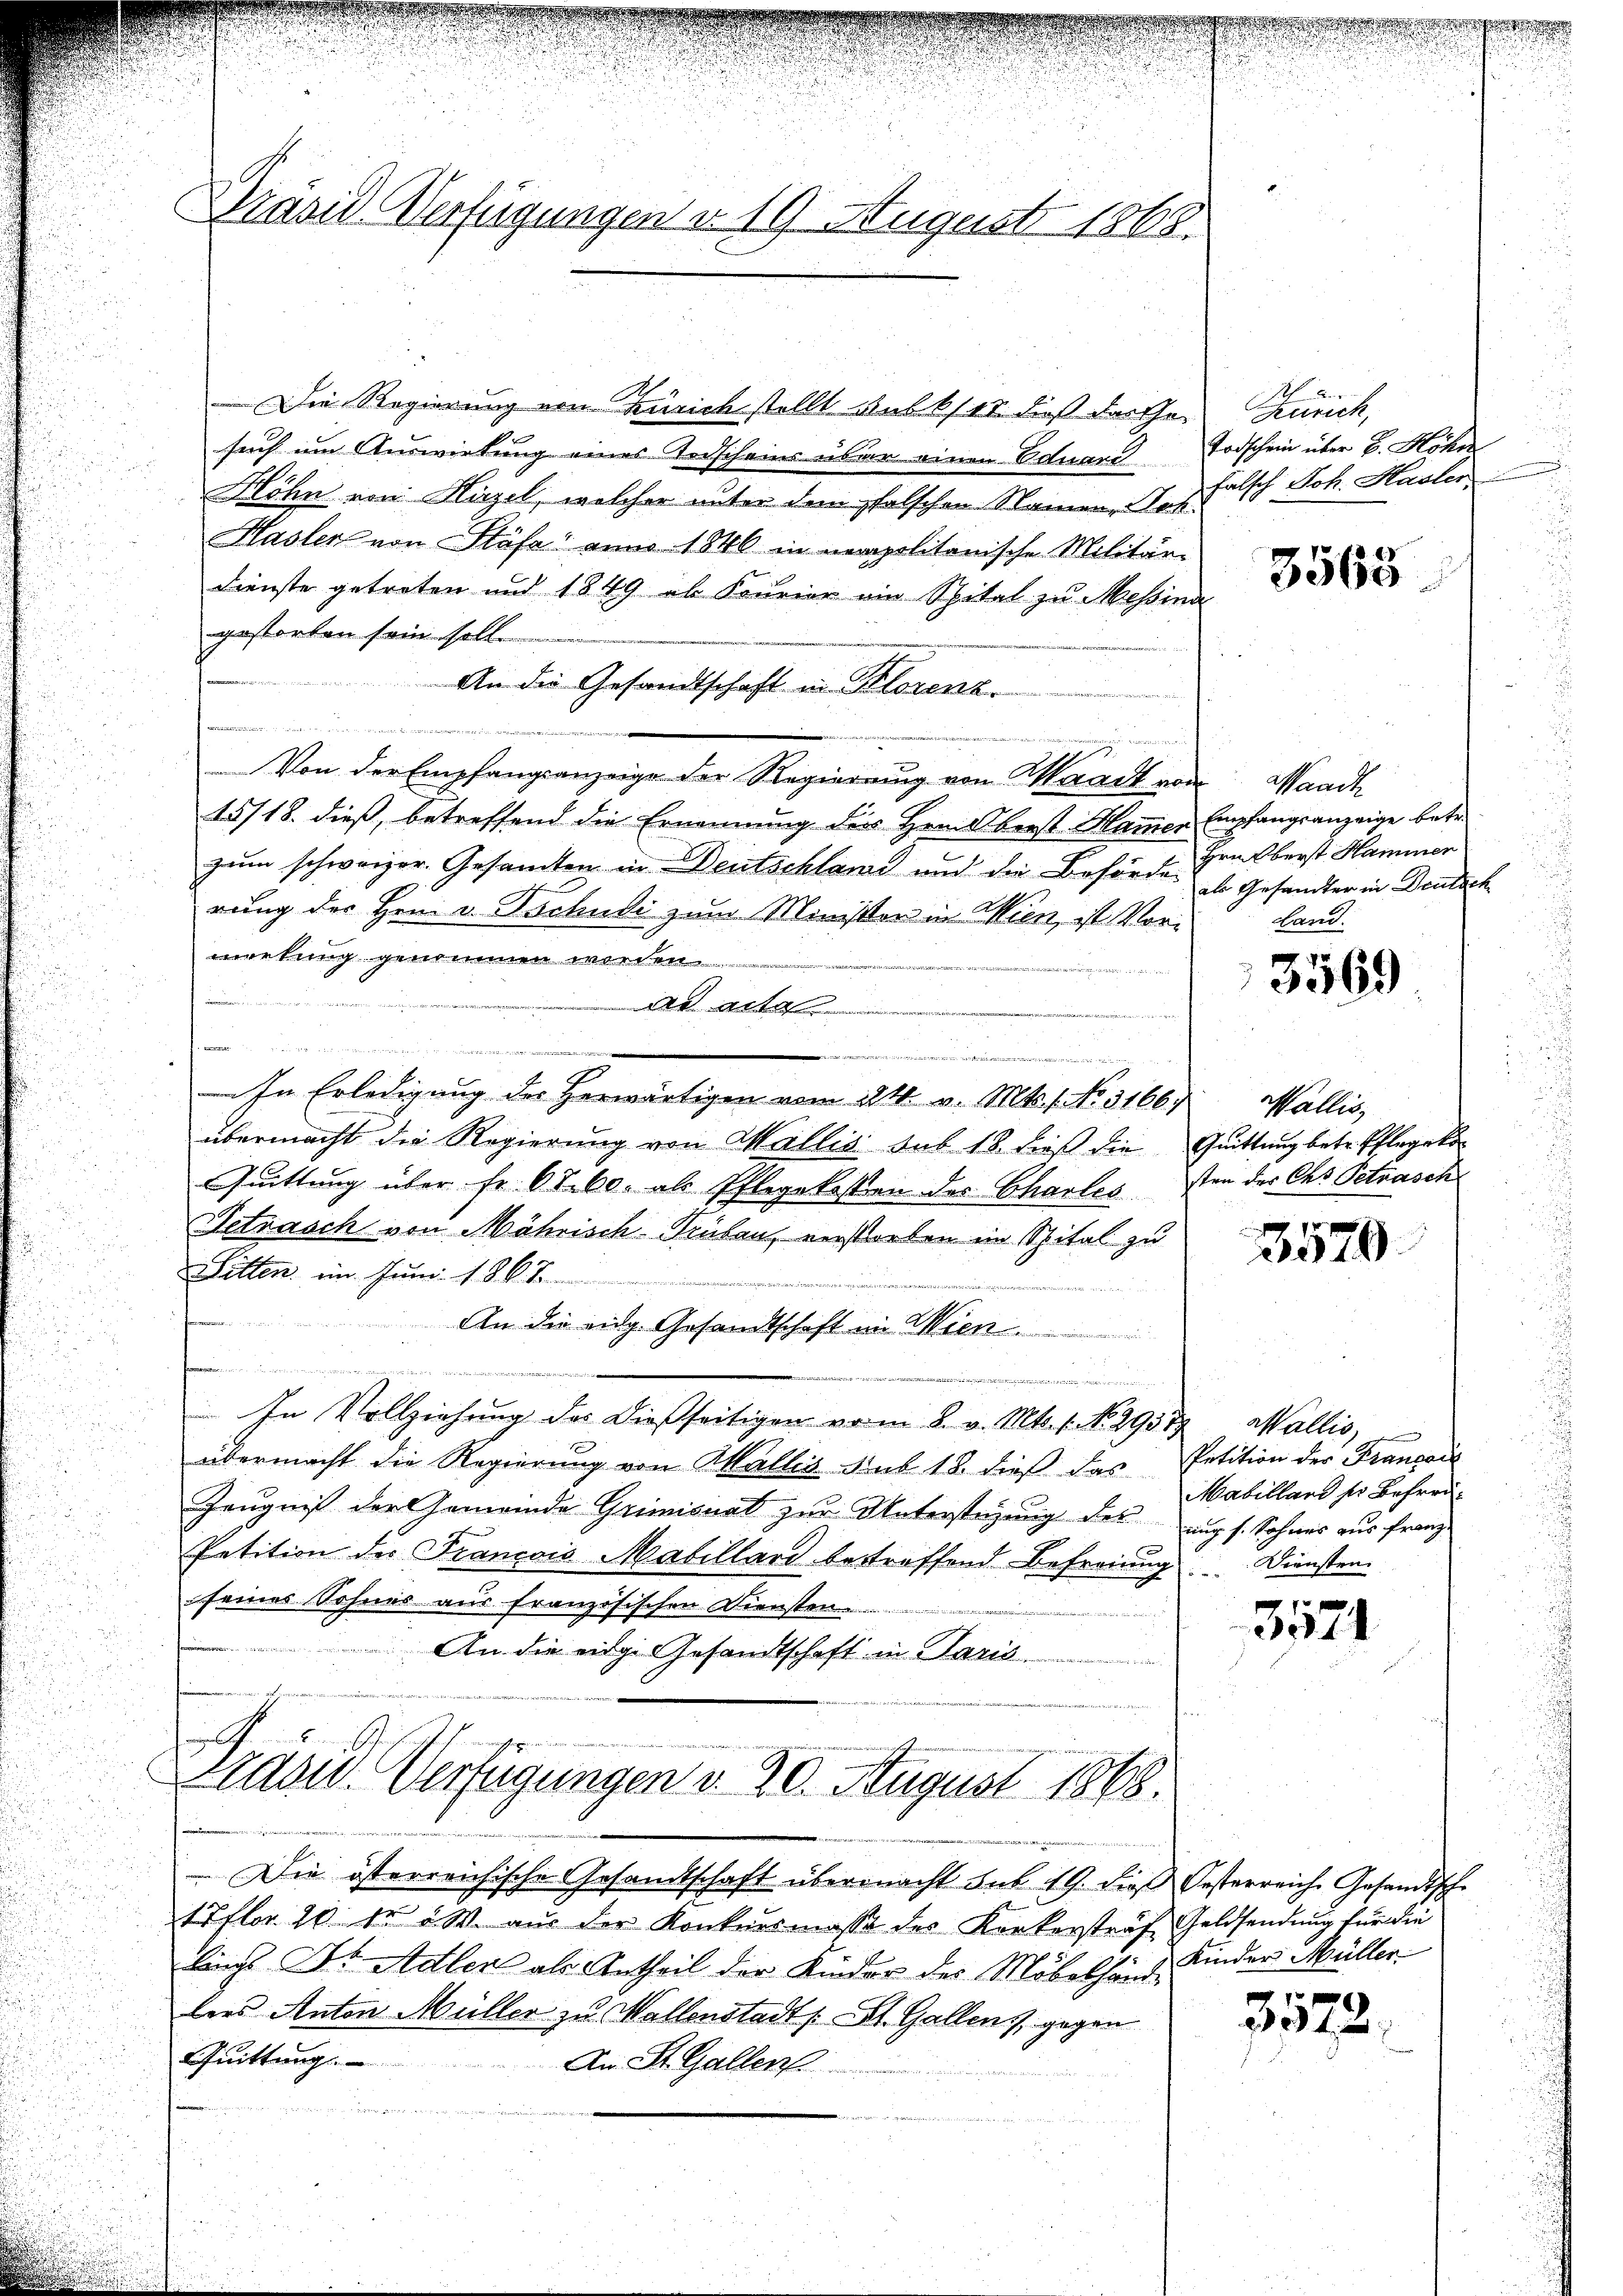
Marie Verfügungen v. 19 August 1868.

Die Regierung von Zürich stellt sub 6/10 dieß darthe
such um Auswirkung eines Todscheins über einen Eduard Todschein über B. Höhn
Höhn von Hirzel, welcher unter dem pfalschen Namen, Joh.
Hasler von Stäfa anno 1846 in neapolitonische Militär-
Dienste getreten und 1849 ab Fourier ein Spital zu Messina
gestorben sein soll.
An die Gesandtschaft in Klorenze

.
Von der Empfangsanzeige der Regierung von Waadt vom
15/18. dieß, betreffend die Ernennung der Herberst Hammer Empfangsanzeige betr.
zum schweizer. Gesamten in Deutschland und die Behörte Heilberst Hammer
rung des Hrn. v. Tschudi zum Minister in Wien, ist Vormerkung genommen werden
 12. depris sie
De acta
e
e
In Erledigung der herwärtigen vom 24. v. Mts. 1. No. 3166, Wallis,
übermacht die Regierung von Wallis sub 18. dieß die Quittung betr. Pflegeko
Quittung über Fr. 68. 60. als Pflegekosten des Chartes sten der Chs Petrasch
Setnasch von Mährisch-Trübau, verstorben im Spital zu
Sitten im Juni 1867
An die eidg. Gesandtschaft in Wien
n
u
e
In Vollziehŭng des dießseitigen vom 8. v. Mts. 1. No. 29377, Wallis,
übermacht die Regierung von Wallis sub 18. dieß das Petition der Franzaus
Zeugniß der Gemeinde Grimisuat zur Unterstüzung des auch s. Sohnes aus Franz
Petition des Francois Mabillard bestreffend Befreiung. Diensten.
seines Sohnes aus französischen Diensten
An die eidg. Gesandtschaft in Paris

radw. Verfügungen d. 20. August 1868.

Die österreichische Gesandtschaft übermacht sub 19. dieβ Oesterreich Gesandtsche
17flor 10 fr 2 W. aus der Konkursmasse des Kerkerstraf Geldsendung für die
lings Dr. Adler als Antheil der Kinder des Möbelhard Kinder Müller
lees Anton Müller zu Wallenstadt St. Gallen, gegen
Quittung
An St. Gallen
4

Thürich,
falsch Joh. Hasler

3568

Hande
als Gesandter in Deutsch
Land.

3569

3570.

Mabilland so Befreu¬

3571

3572.